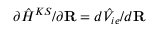
\partial \hat { H } ^ { K S } / \partial { \bf R } = d \hat { V } _ { i e } / d { \bf R }